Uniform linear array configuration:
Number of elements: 16
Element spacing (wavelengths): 0.5
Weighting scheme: exponential
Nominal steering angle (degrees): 45
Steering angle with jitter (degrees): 43.049
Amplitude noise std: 0.05
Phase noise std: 0.05

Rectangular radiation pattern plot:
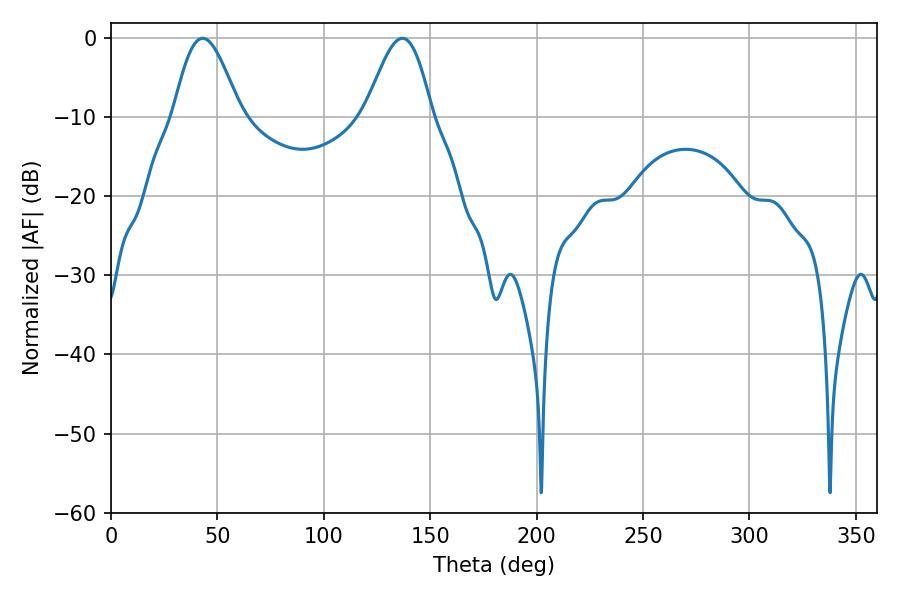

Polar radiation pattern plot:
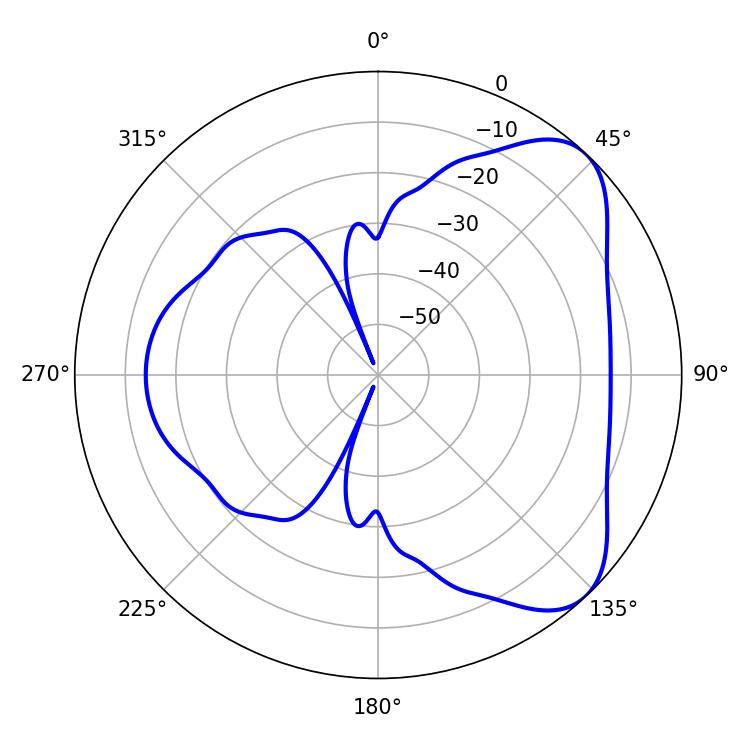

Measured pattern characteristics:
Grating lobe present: FALSE
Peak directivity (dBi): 6.28
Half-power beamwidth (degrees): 16.74
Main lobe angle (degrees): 43.02